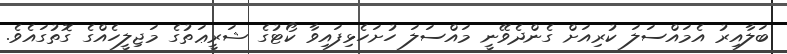
ބަލާއިރު އެމައްސަލަ ކުރިއަށް ގެންދެވޭނީ މައްސަލަ ހުށަހެޅިފައިވާ ކޯޓުގެ ޝަރީޢަތުގެ މަޖިލީހެއްގެ ގޮތުގައެވެ.